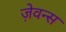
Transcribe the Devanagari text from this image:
ज़ेवन्स